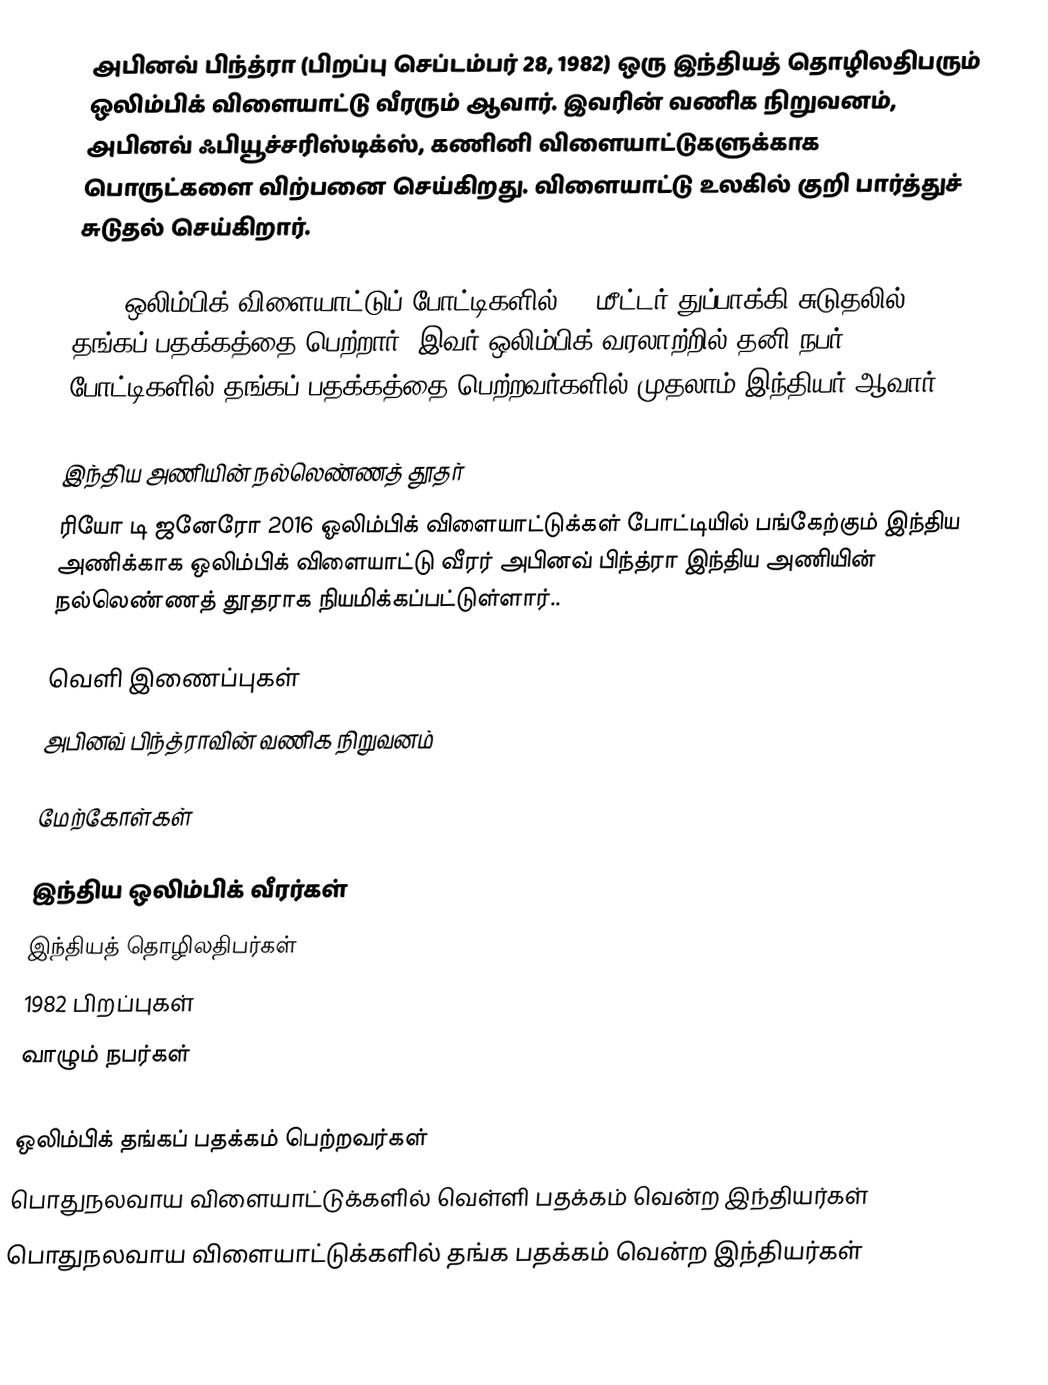
அபினவ் பிந்த்ரா (பிறப்பு செப்டம்பர் 28, 1982) ஒரு இந்தியத் தொழிலதிபரும் ஒலிம்பிக் விளையாட்டு வீரரும் ஆவார். இவரின் வணிக நிறுவனம், அபினவ் ஃபியூச்சரிஸ்டிக்ஸ், கணினி விளையாட்டுகளுக்காக பொருட்களை விற்பனை செய்கிறது. விளையாட்டு உலகில் குறி பார்த்துச் சுடுதல் செய்கிறார்.

2008 ஒலிம்பிக் விளையாட்டுப் போட்டிகளில் 10 மீட்டர் துப்பாக்கி சுடுதலில் தங்கப் பதக்கத்தை பெற்றார். இவர் ஒலிம்பிக் வரலாற்றில் தனி நபர் போட்டிகளில் தங்கப் பதக்கத்தை பெற்றவர்களில் முதலாம் இந்தியர் ஆவார்.

இந்திய அணியின் நல்லெண்ணத் தூதர்
ரியோ டி ஜனேரோ 2016 ஓலிம்பிக் விளையாட்டுக்கள் போட்டியில் பங்கேற்கும் இந்திய அணிக்காக ஒலிம்பிக் விளையாட்டு வீரர் அபினவ் பிந்த்ரா இந்திய அணியின் நல்லெண்ணத் தூதராக நியமிக்கப்பட்டுள்ளார்..

வெளி இணைப்புகள்
அபினவ் பிந்த்ராவின் வணிக நிறுவனம்

மேற்கோள்கள்

இந்திய ஒலிம்பிக் வீரர்கள்
இந்தியத் தொழிலதிபர்கள்
1982 பிறப்புகள்
வாழும் நபர்கள்
Rio Olympic Editathon 2016
ஒலிம்பிக் தங்கப் பதக்கம் பெற்றவர்கள்
பொதுநலவாய விளையாட்டுக்களில் வெள்ளி பதக்கம் வென்ற இந்தியர்கள்
பொதுநலவாய விளையாட்டுக்களில் தங்க பதக்கம் வென்ற இந்தியர்கள்